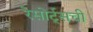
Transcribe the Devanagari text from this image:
रेसोर्ट्सची